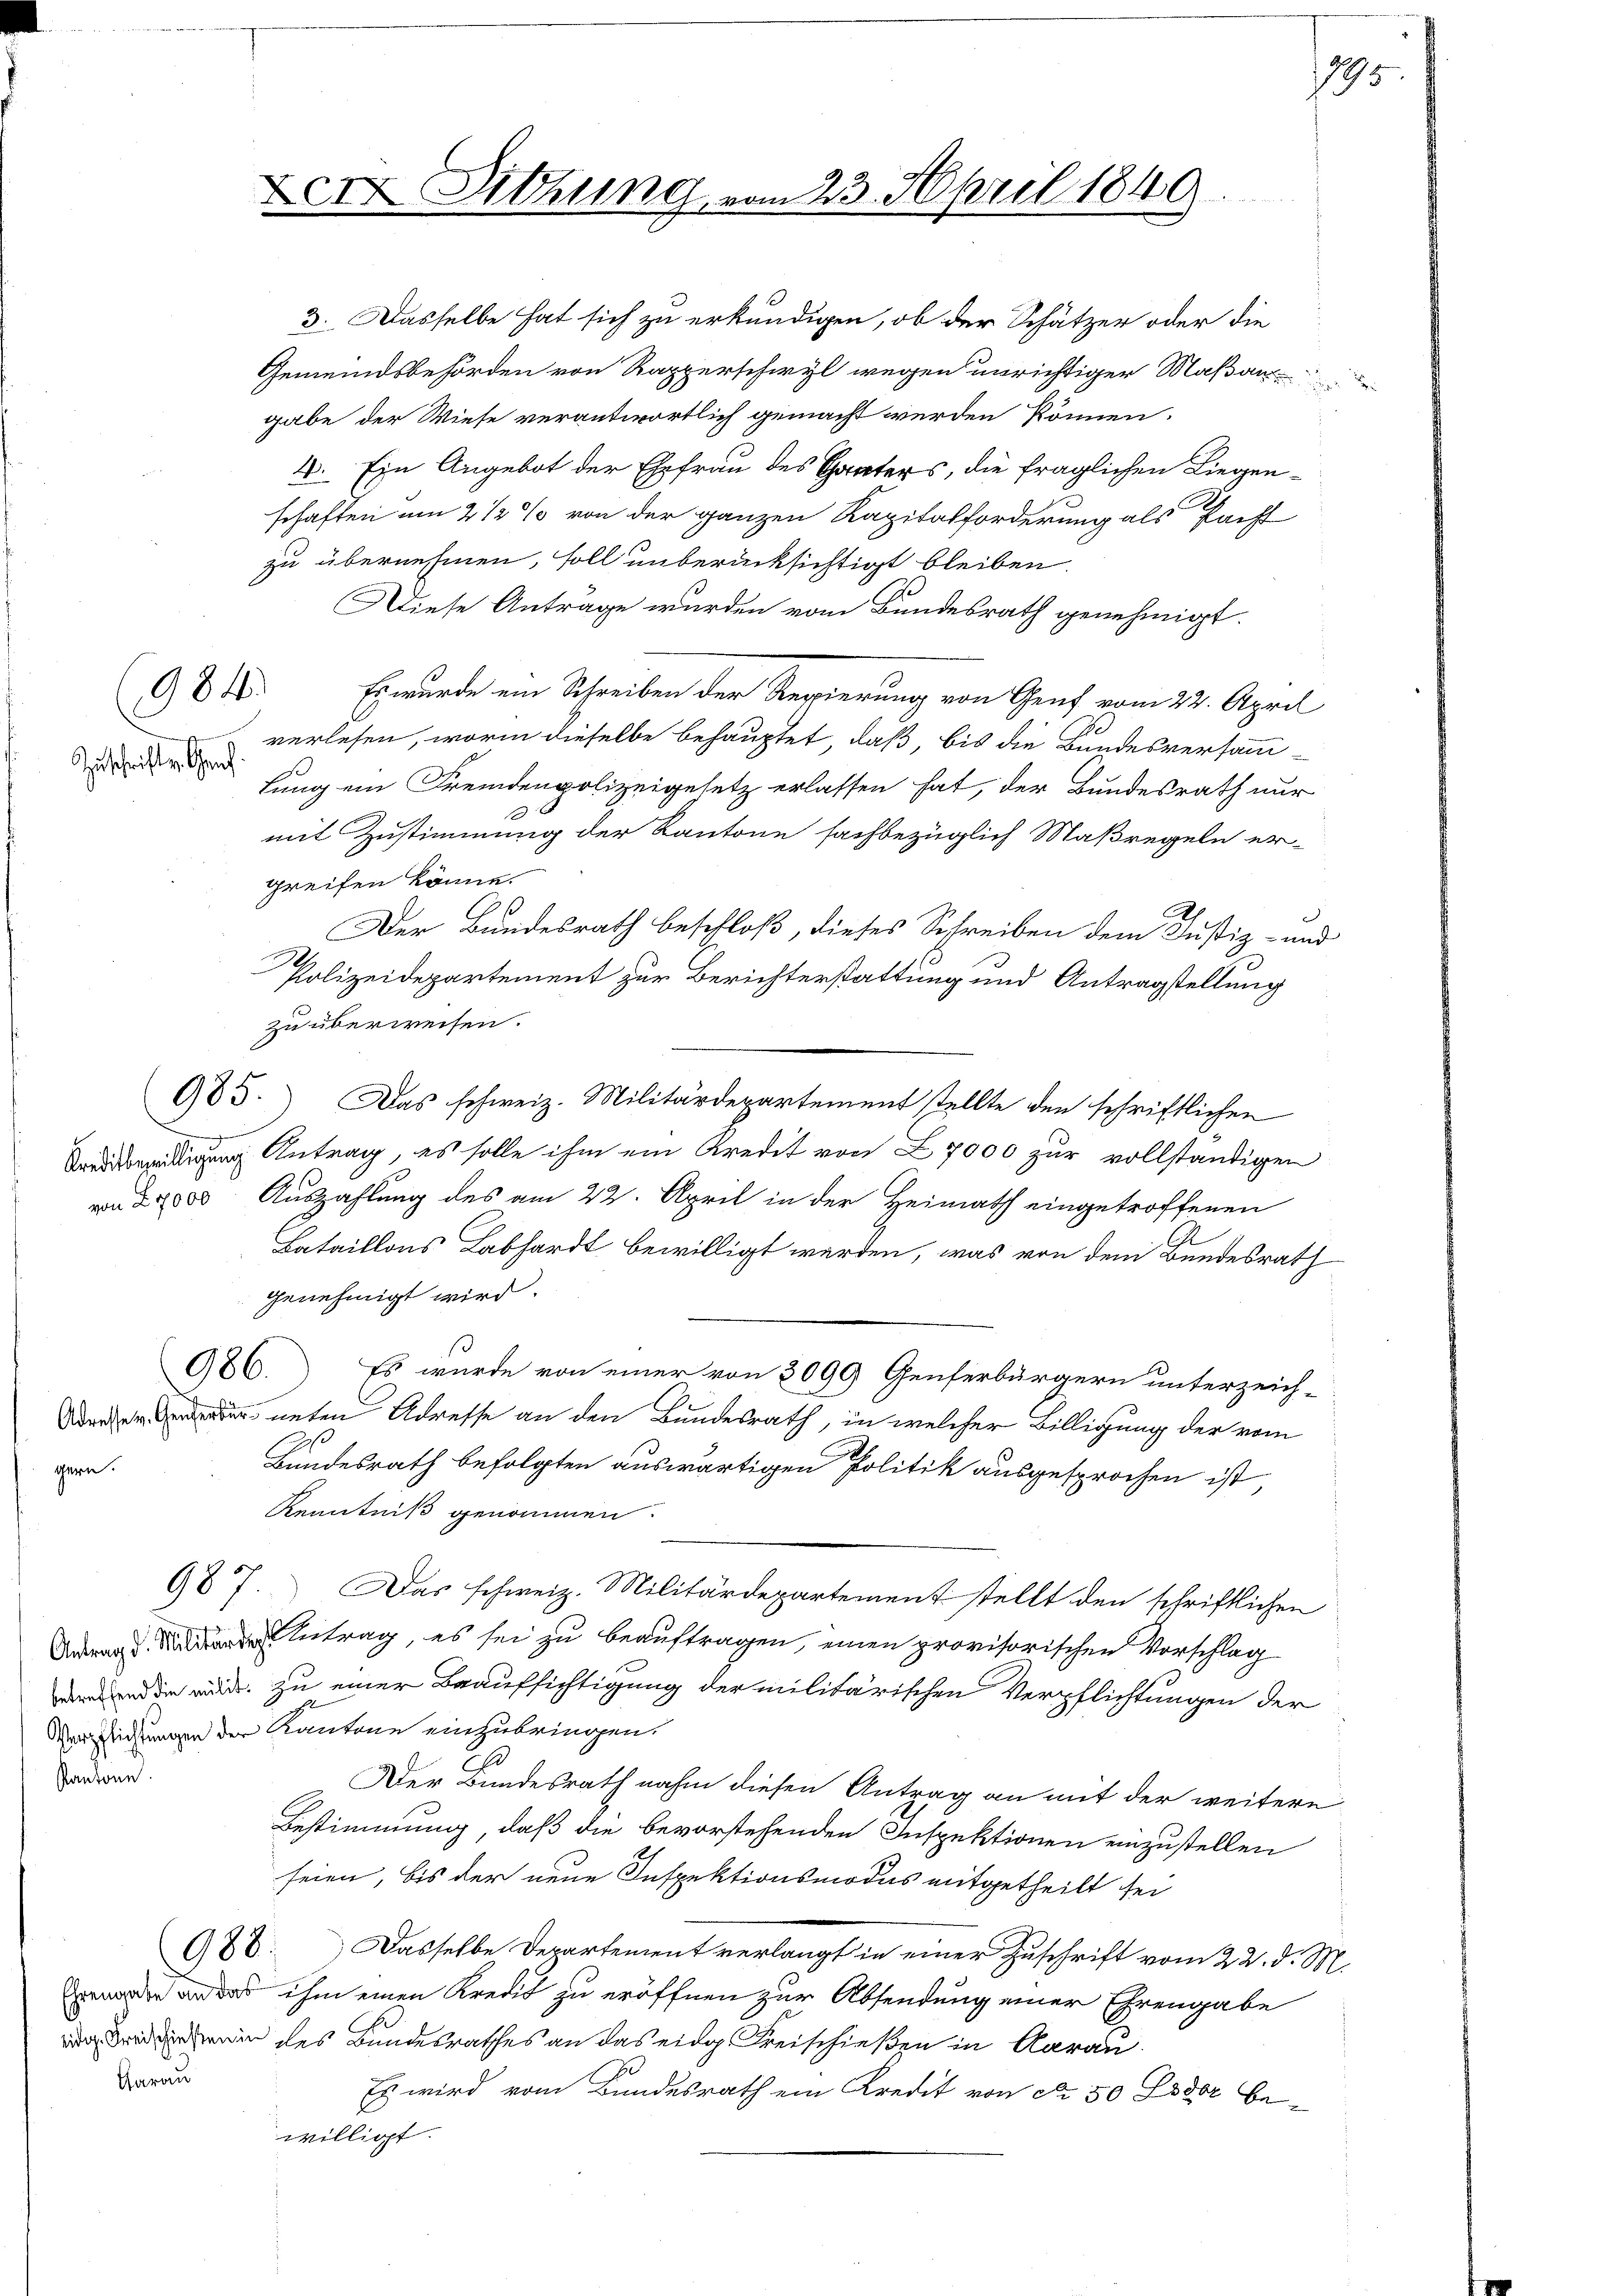
gern.

Zuschriften Genf

984.

985.

3. Dasselbe hat sich zu erkundigen, ob der Schätzer oder die
Gemeindsbehörden von Rapperschwyl wegen unrichtiger Maßan
gabe der Wiese verantwortlich gemacht werden können.
4. Ein Angebot der Ehefrau des Ganters, die fraglichen Liegenschaften um 2 1/2% von der ganzen Kapitalforderung als Pacht
zu übernehmen, soll unberücksichtigt bleiben.
Diese Anträge wurden vom Bundesrath genehmigt.
Es wurde ein Schreiben der Regierung von Genf vom 22. April
verlesen, worin dieselbe behauptet, daß, bis die Bundesversamm-
lung ein Fremdenpolizeigesetz erlassen hat, der Bundesrath nur
mit Zustimmung der Kantone sachbezüglich Maßregeln er-
greifen könne.
Der Bundesrath beschloß, dieses Schreiben dem Justiz- und
Polizeidepartement zur Berichterstattung und Antragstellung
zu überweisen.
Das schweiz. Militärdepartement stellte den schriftlichen
 Antrag, es solle ihm ein Kredit von Z. 7000 zur vollständigen
va 2000. Auszahlung des am 22. April in der Heimath eingetroffenen
Bataillons Labhardt bewilligt werden, was von dem Bundesrath
genehmigt wird.
986.) Es wurde von einer von 3099 Genferbürgern unterzeich-
er unten Adresse an den Bundesrath, in welcher Billigung der vom
Bundesrath befolgten auswärtigen Politik ausgesprochen ist,
Renntniß genommen.
987.
Das schweiz. Militärdepartement stellt den schriftlichen
Antrag, es sei zu beauftragen, einen provisorischen Vorschlag
nd die wird. zu einer Beaufsichtigung der militärischen Verpflichtungen der
Verpflichtungen der Kantone einzubringen.
2.
Der Bundesrath nahm diesen Antrag an mit der weitere
Bestimmung, daß die bevorstehenden Inspektionen einzustellen
seien, bis der neue Inspektionsmodus mitgetheilt sei
988. Dasselbe Departement verlangt in einer Zuschrift vom 22. d. M.
oder an das ihm einen Kredit zu eröffnen zur Absendung einer Ehrengabe
 rede des Bundesrathes an das eidg. Freischießen in Aarau
Es wird vom Bundesrath ein Kredit von Nr. 50 Foder bewilligt.

Kantone.

darau

Der Sitzung vom 23. April 1849

1795